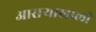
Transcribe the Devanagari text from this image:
आसऱ्याखाली